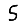
Digit: 5